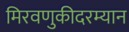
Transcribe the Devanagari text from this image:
मिरवणुकीदरम्यान